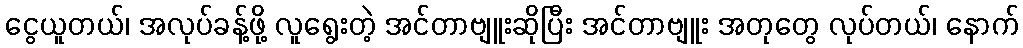
ငွေယူတယ်၊ အလုပ်ခန့်ဖို့ လူရွေးတဲ့ အင်တာဗျူးဆိုပြီး အင်တာဗျူး အတုတွေ လုပ်တယ်၊ နောက်